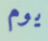
يوم